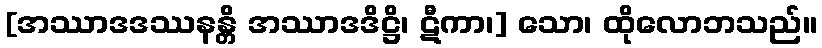
[အဿာဒဒဿနန္တိ အဿာဒဒိဋ္ဌိ၊ ဋီကာ၊] သော၊ ထိုလောဘသည်။